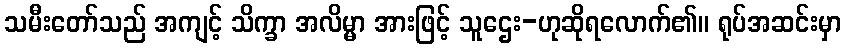
သမီးတော်သည် အကျင့် သိက္ခာ အလိမ္မာ အားဖြင့် သူဌေး-ဟုဆိုရလောက်၏။ ရုပ်အဆင်းမှာ